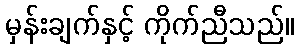
မှန်းချက်နှင့် ကိုက်ညီသည်။